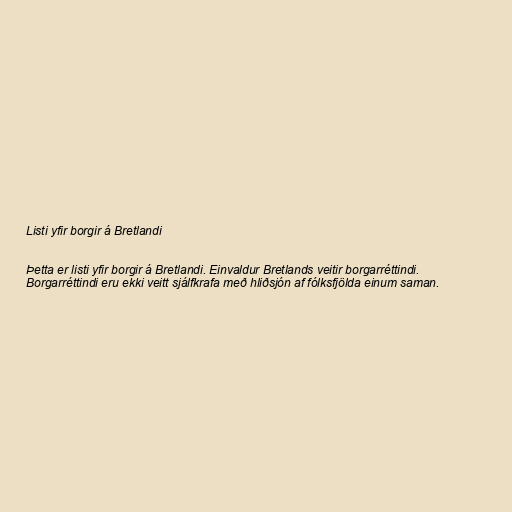
Listi yfir borgir á Bretlandi

Þetta er listi yfir borgir á Bretlandi. Einvaldur Bretlands veitir borgarréttindi.
Borgarréttindi eru ekki veitt sjálfkrafa með hliðsjón af fólksfjölda einum saman.